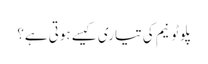
پلوٹونیم کی تیاری کیسے ہوتی ہے؟